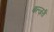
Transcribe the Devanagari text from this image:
बल्ज़री